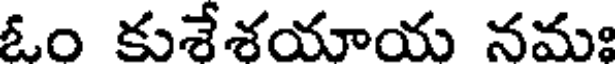
ఓం కుశేశయాయ నమః